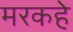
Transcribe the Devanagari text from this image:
मरकहे